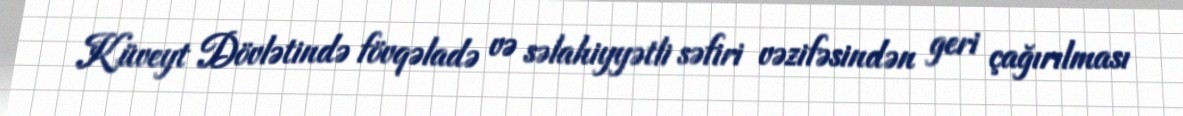
Küveyt Dövlətində fövqəladə və səlahiyyətli səfiri vəzifəsindən geri çağırılması